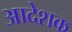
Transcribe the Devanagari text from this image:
आदेशक